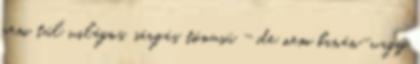
nem túl világos, sárgás tónusú - de nem banán-vagy